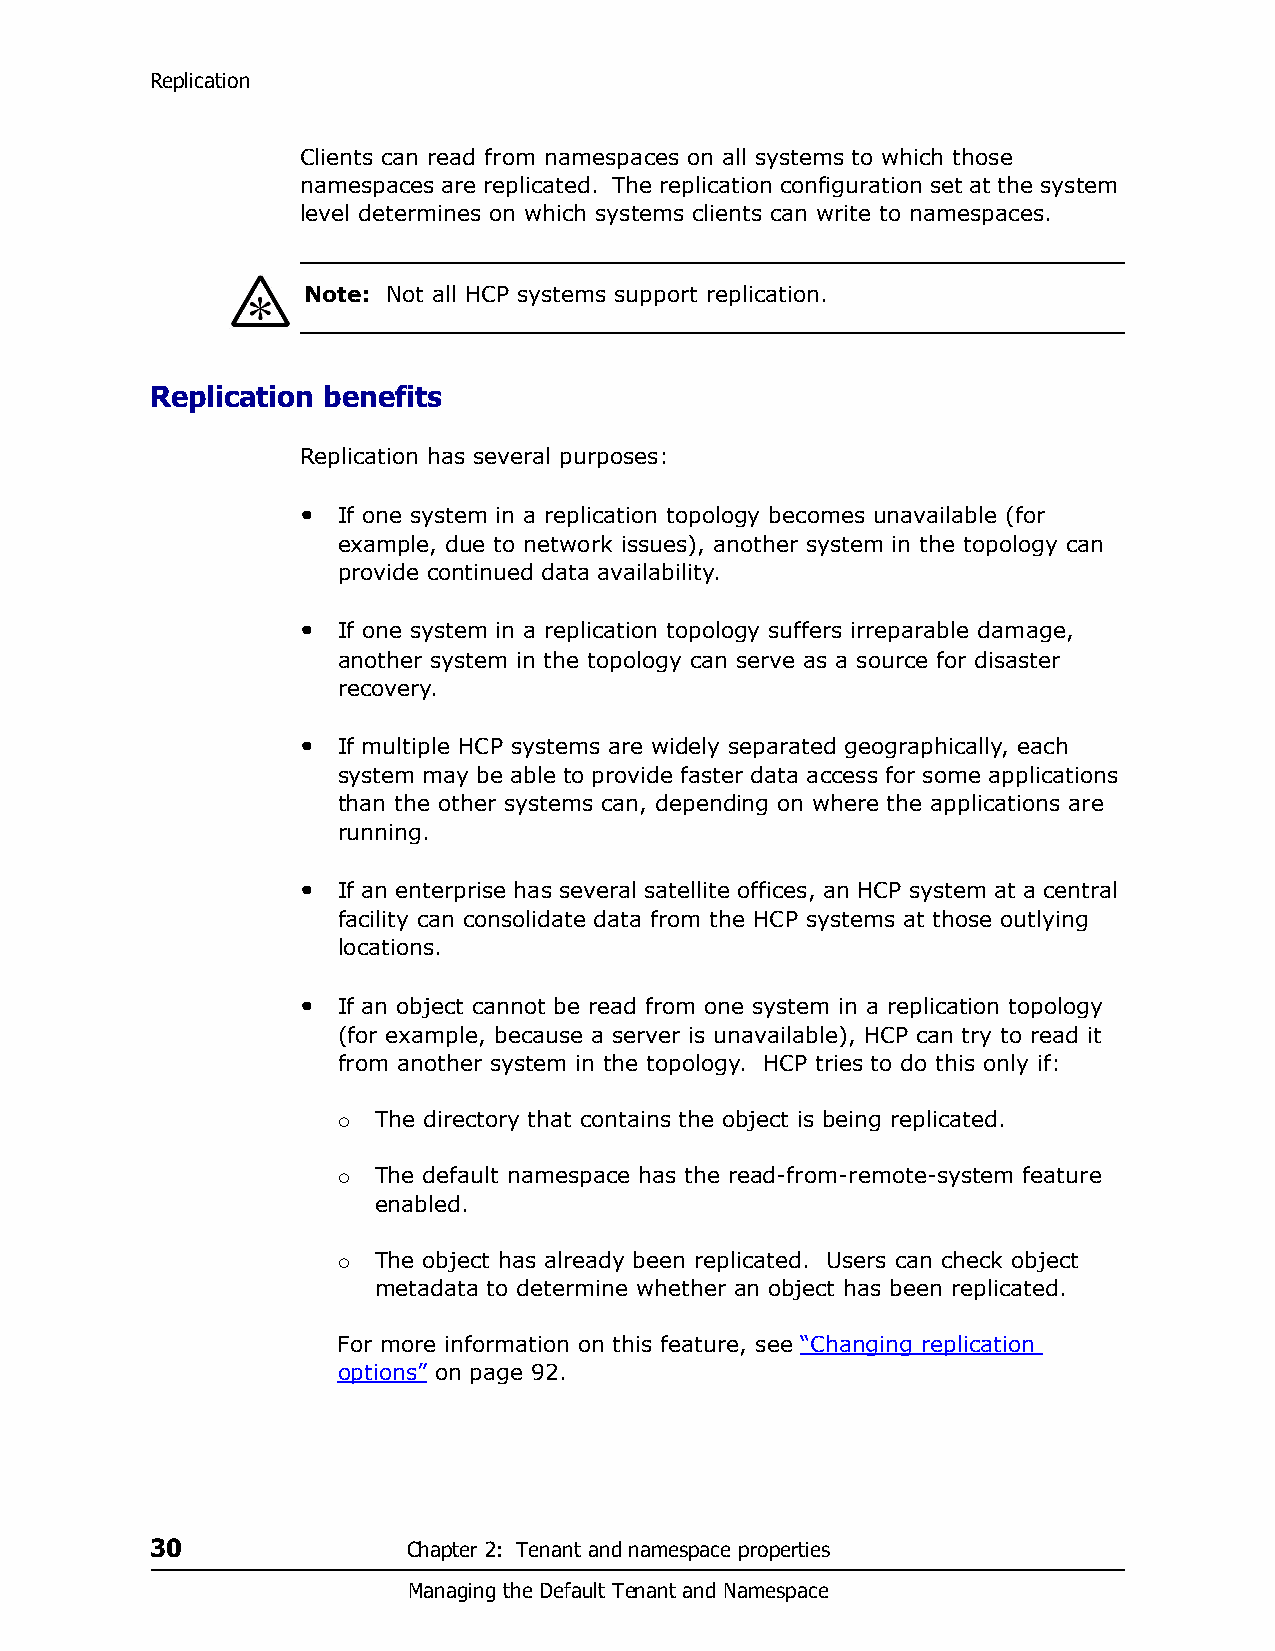
Replication
 Clients can read from namespaces on all systems to which those
 namespaces are replicated. The replication configuration set at the system
 level determines on which systems clients can write to namespaces.
 Note: Not all HCP systems support replication.
 Replication benefits
 Replication has several purposes:
 • If one system in a replication topology becomes unavailable (for
 example, due to network issues), another system in the topology can
 provide continued data availability.
 • If one system in a replication topology suffers irreparable damage,
 another system in the topology can serve as a source for disaster
 recovery.
 • If multiple HCP systems are widely separated geographically, each
 system may be able to provide faster data access for some applications
 than the other systems can, depending on where the applications are
 running.
 • If an enterprise has several satellite offices, an HCP system at a central
 facility can consolidate data from the HCP systems at those outlying
 locations.
 • If an object cannot be read from one system in a replication topology
 (for example, because a server is unavailable), HCP can try to read it
 from another system in the topology. HCP tries to do this only if:
 The directory that contains the object is being replicated.
 
 The default namespace has the read-from-remote-system feature
 
 enabled.
 The object has already been replicated. Users can check object
 
 metadata to determine whether an object has been replicated.
 For more information on this feature, see “Changing replication
 options” on page 92.
 30               Chapter 2: Tenant and namespace properties
 Managing the Default Tenant and Namespace